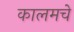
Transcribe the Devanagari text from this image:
कालमचे